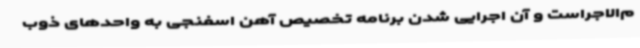
م‌الاجراست و آن اجرایی شدن برنامه تخصیص آهن اسفنجی به واحدهای ذوب